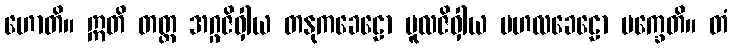
ဟောတိ။ ဣတိ တတ္ထ အဂ္ဂဇိဝှါယ တနုကခေဠော မူလဇိဝှါယ ဗဟလခေဠော မက္ခေတိ။ တံ